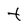
Character: t